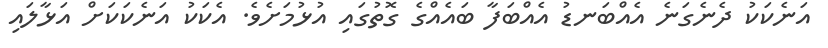
އަނެކަކު ދެނެގަނެ އެއްބަނޑު އެއްބަފާ ބައެއްގެ ގޮތުގައި އުޅުމަށެވެ. އެކަކު އަނެކަކަށް އަޅާލައި